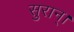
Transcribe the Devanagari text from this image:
सुरान्।